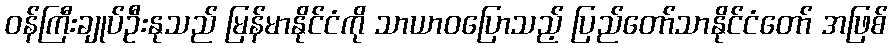
ဝန်ကြီးချုပ်ဦးနုသည် မြန်မာနိုင်ငံကို သာယာဝပြောသည့် ပြည်တော်သာနိုင်ငံတော် အဖြစ်